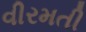
વીરમતી